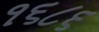
૧૬૮૬